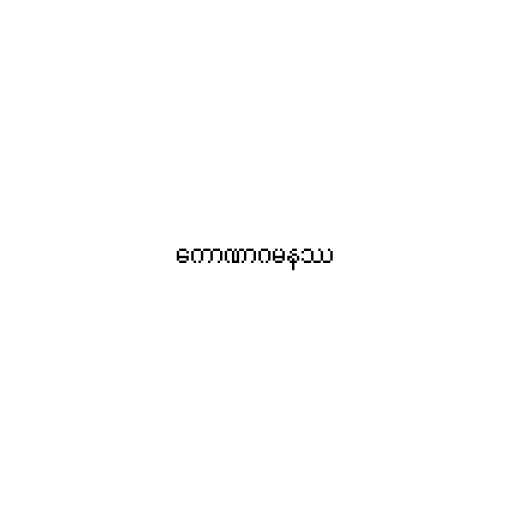
ကောဏာဂမနဿ